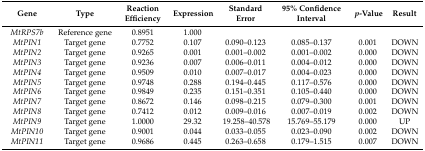
<table><thead><tr><td><b>Gene</b></td><td><b>Type</b></td><td><b>Reaction Efficiency</b></td><td><b>Expression</b></td><td><b>Standard Error</b></td><td><b>95% Confidence Interval</b></td><td><b><i>p</i>-Value</b></td><td><b>Result</b></td></tr></thead><tbody><tr><td><i>MtRPS7b</i></td><td>Reference gene</td><td>0.8951</td><td>1.000</td><td></td><td></td><td></td><td></td></tr><tr><td><i>MtPIN1</i></td><td>Target gene</td><td>0.7752</td><td>0.107</td><td>0.090–0.123</td><td>0.085–0.137</td><td>0.001</td><td>DOWN</td></tr><tr><td><i>MtPIN2</i></td><td>Target gene</td><td>0.9265</td><td>0.001</td><td>0.001–0.002</td><td>0.001–0.002</td><td>0.000</td><td>DOWN</td></tr><tr><td><i>MtPIN3</i></td><td>Target gene</td><td>0.9236</td><td>0.007</td><td>0.006–0.011</td><td>0.004–0.012</td><td>0.000</td><td>DOWN</td></tr><tr><td><i>MtPIN4</i></td><td>Target gene</td><td>0.9509</td><td>0.010</td><td>0.007–0.017</td><td>0.004–0.023</td><td>0.000</td><td>DOWN</td></tr><tr><td><i>MtPIN5</i></td><td>Target gene</td><td>0.9748</td><td>0.288</td><td>0.194–0.445</td><td>0.117–0.576</td><td>0.000</td><td>DOWN</td></tr><tr><td><i>MtPIN6</i></td><td>Target gene</td><td>0.9849</td><td>0.235</td><td>0.151–0.351</td><td>0.105–0.440</td><td>0.000</td><td>DOWN</td></tr><tr><td><i>MtPIN7</i></td><td>Target gene</td><td>0.8672</td><td>0.146</td><td>0.098–0.215</td><td>0.079–0.300</td><td>0.001</td><td>DOWN</td></tr><tr><td><i>MtPIN8</i></td><td>Target gene</td><td>0.7412</td><td>0.012</td><td>0.009–0.016</td><td>0.007–0.019</td><td>0.002</td><td>DOWN</td></tr><tr><td><i>MtPIN9</i></td><td>Target gene</td><td>1.0000</td><td>29.32</td><td>19.258–40.578</td><td>15.769–55.179</td><td>0.000</td><td>UP</td></tr><tr><td><i>MtPIN10</i></td><td>Target gene</td><td>0.9001</td><td>0.044</td><td>0.033–0.055</td><td>0.023–0.090</td><td>0.002</td><td>DOWN</td></tr><tr><td><i>MtPIN11</i></td><td>Target gene</td><td>0.9686</td><td>0.445</td><td>0.263–0.658</td><td>0.179–1.515</td><td>0.007</td><td>DOWN</td></tr></tbody></table>